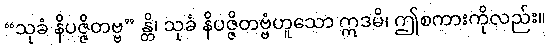
“သုခံ နိပဇ္ဇိတဗ္ဗ” န္တိ၊ သုခံ နိပဇ္ဇိတဗ္ဗံဟူသော ဣဒမိ၊ ဤစကားကိုလည်း။